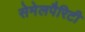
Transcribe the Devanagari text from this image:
सेमेलपैरिटी